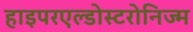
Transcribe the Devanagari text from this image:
हाइपरएल्डोस्टरोनिज्म